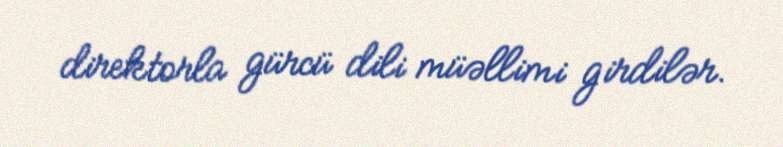
direktorla gürcü dili müəllimi girdilər.